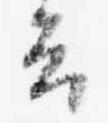
云